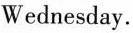
Wednesday.